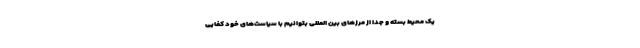
یک محیط بسته و جدا از مرزهای بین المللی بتوانیم با سیاست‌های خود کفایی